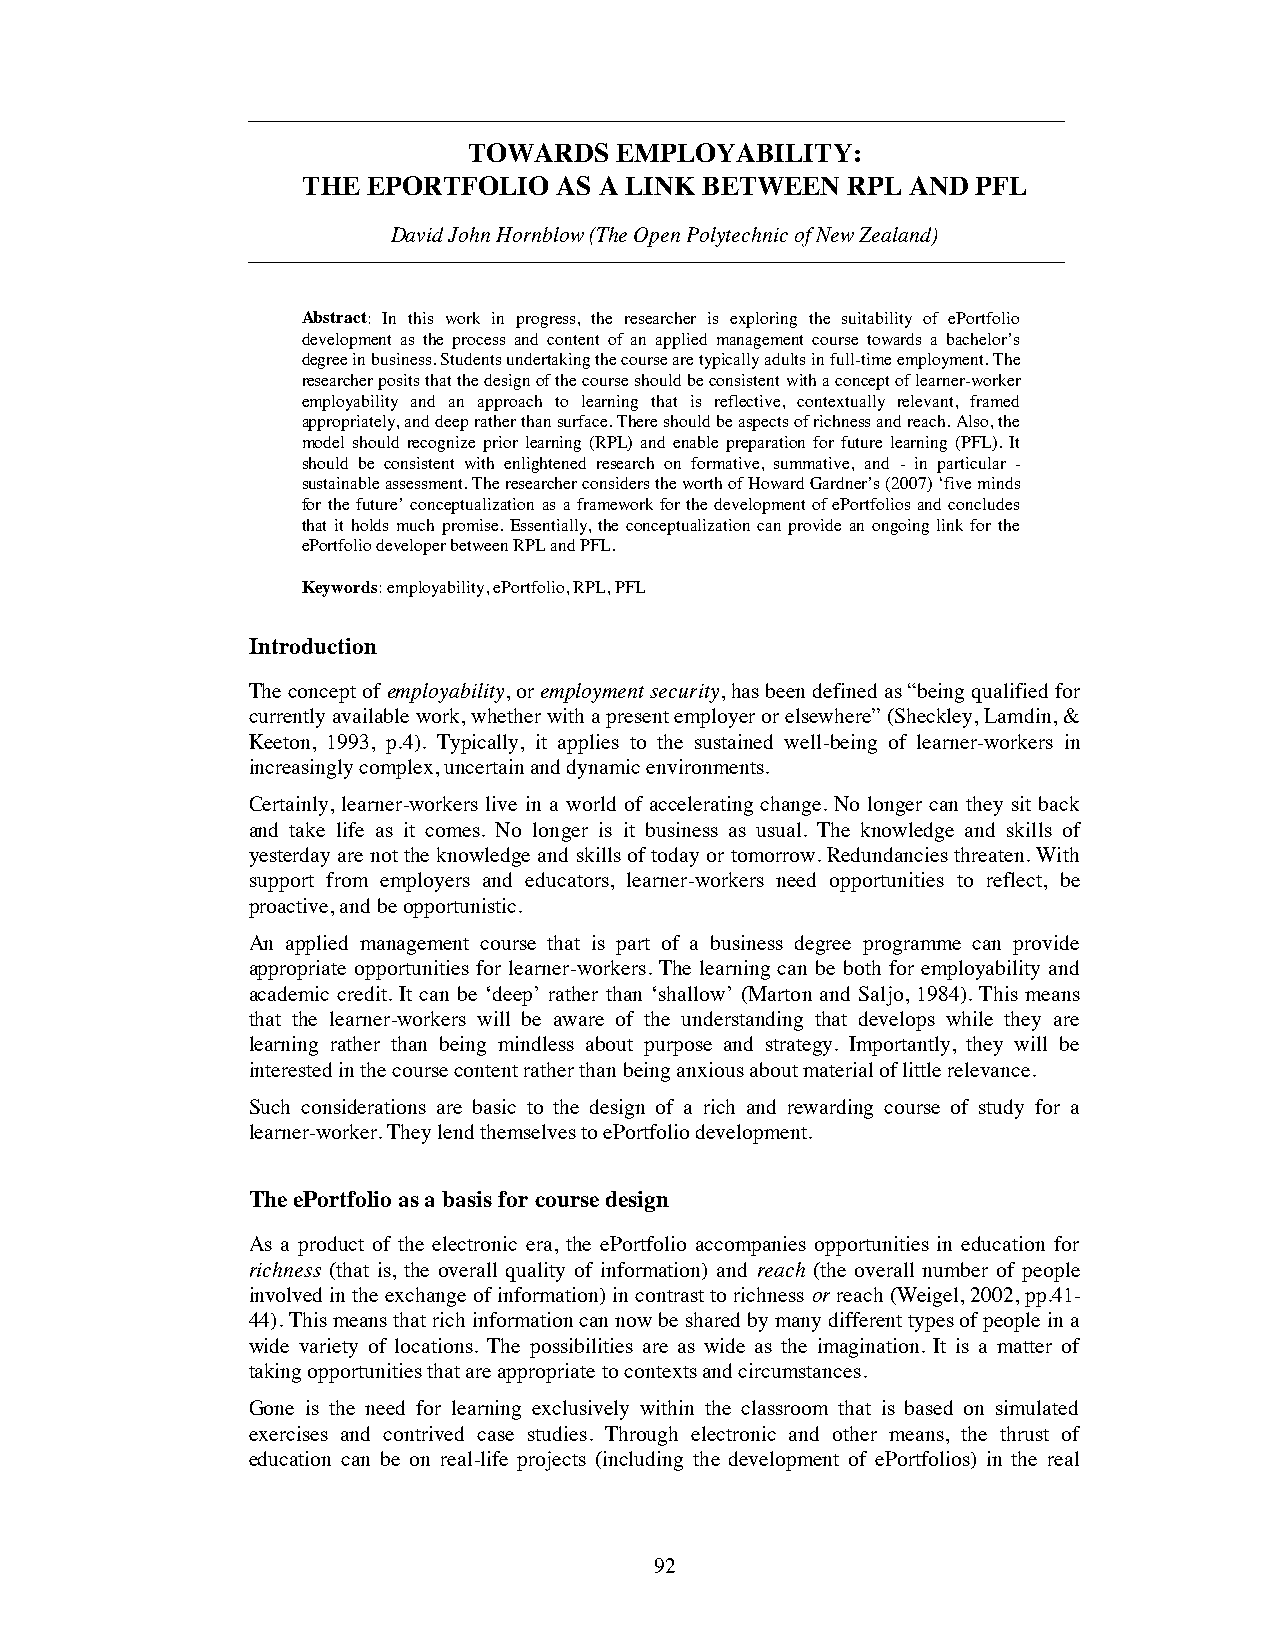
TOWARDS   EMPLOYABILITY:
 THE EPORTFOLIO   AS A LINK BETWEEN  RPL AND  PFL
 David John Hornblow (The Open Polytechnic of New Zealand)
 Abstract: In this work in progress, the researcher is exploring the suitability of ePortfolio
 development as the process and content of an applied management course towards a bachelor’s
 degree in business. Students undertaking the course are typically adults in full-time employment. The
 researcher posits that the design of the course should be consistent with a concept of learner-worker
 employability and an approach to learning that is reflective, contextually relevant, framed
 appropriately, and deep rather than surface. There should be aspects of richness and reach. Also, the
 model should recognize prior learning (RPL) and enable preparation for future learning (PFL). It
 should be consistent with enlightened research on formative, summative, and - in particular -
 sustainable assessment. The researcher considers the worth of Howard Gardner’s (2007) ‘five minds
 for the future’ conceptualization as a framework for the development of ePortfolios and concludes
 that it holds much promise. Essentially, the conceptualization can provide an ongoing link for the
 ePortfolio developer between RPL and PFL.
 Keywords: employability, ePortfolio, RPL, PFL
 Introduction
 The concept of employability, oremployment security, has been defined as “being qualified for
 currently available work, whether with a present employer or elsewhere” (Sheckley, Lamdin, &
 Keeton, 1993, p.4). Typically, it applies to the sustained well-being of learner-workers in
 increasingly complex, uncertain and dynamic environments.
 Certainly, learner-workers live in a world of accelerating change. No longer can they sit back
 and take life as it comes. No longer is it business as usual. The knowledge and skills of
 yesterday are not the knowledge and skills of today or tomorrow. Redundancies threaten. With
 support from employers and educators, learner-workers need opportunities to reflect, be
 proactive, and beopportunistic.
 An applied management course that is part of a business degree programme can provide
 appropriate opportunities for learner-workers. The learning can be both for employability and
 academic credit. It can be ‘deep’ rather than ‘shallow’ (Marton and Saljo, 1984). This means
 that the learner-workers will be aware of the understanding that develops while they are
 learning rather than being mindless about purpose and strategy. Importantly, they will be
 interested in the course content rather than being anxious about material of little relevance.
 Such considerations are basic to the design of a rich and rewarding course of study for a
 learner-worker. They lend themselves to ePortfolio development.
 The ePortfolio as a basis for course design
 As a product of the electronic era, the ePortfolio accompanies opportunities in education for
 richness (that is, the overall quality of information) and reach (the overall number of people
 involved in the exchange of information) in contrast to richness or reach (Weigel, 2002, pp.41-
 44). This means that rich information can now be shared by many different types of people in a
 wide variety of locations. The possibilities are as wide as the imagination. It is a matter of
 taking opportunities that are appropriate to contexts and circumstances.
 Gone is the need for learning exclusively within the classroom that is based on simulated
 exercises and contrived case studies. Through electronic and other means, the thrust of
 education can be on real-life projects (including the development of ePortfolios) in the real
 92